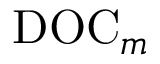
\mathrm { D O C } _ { m }